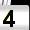
Digit: 4